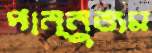
পান্নুজম